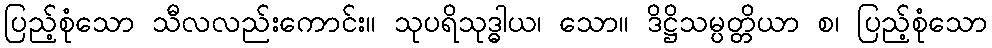
ပြည့်စုံသော သီလလည်းကောင်း။ သုပရိသုဒ္ဓါယ၊ သော။ ဒိဋ္ဌိသမ္ပတ္တိယာ စ၊ ပြည့်စုံသော